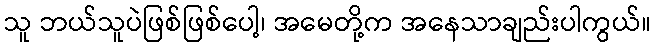
သူ ဘယ်သူပဲဖြစ်ဖြစ်ပေါ့၊ အမေတို့က အနေသာချည်းပါကွယ်။